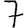
Digit: 7